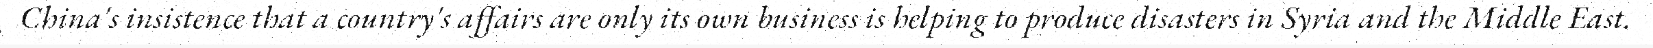
China's insistence that a country's affairs are only its own business is helping to produce disasters in Syria and the Middle East.